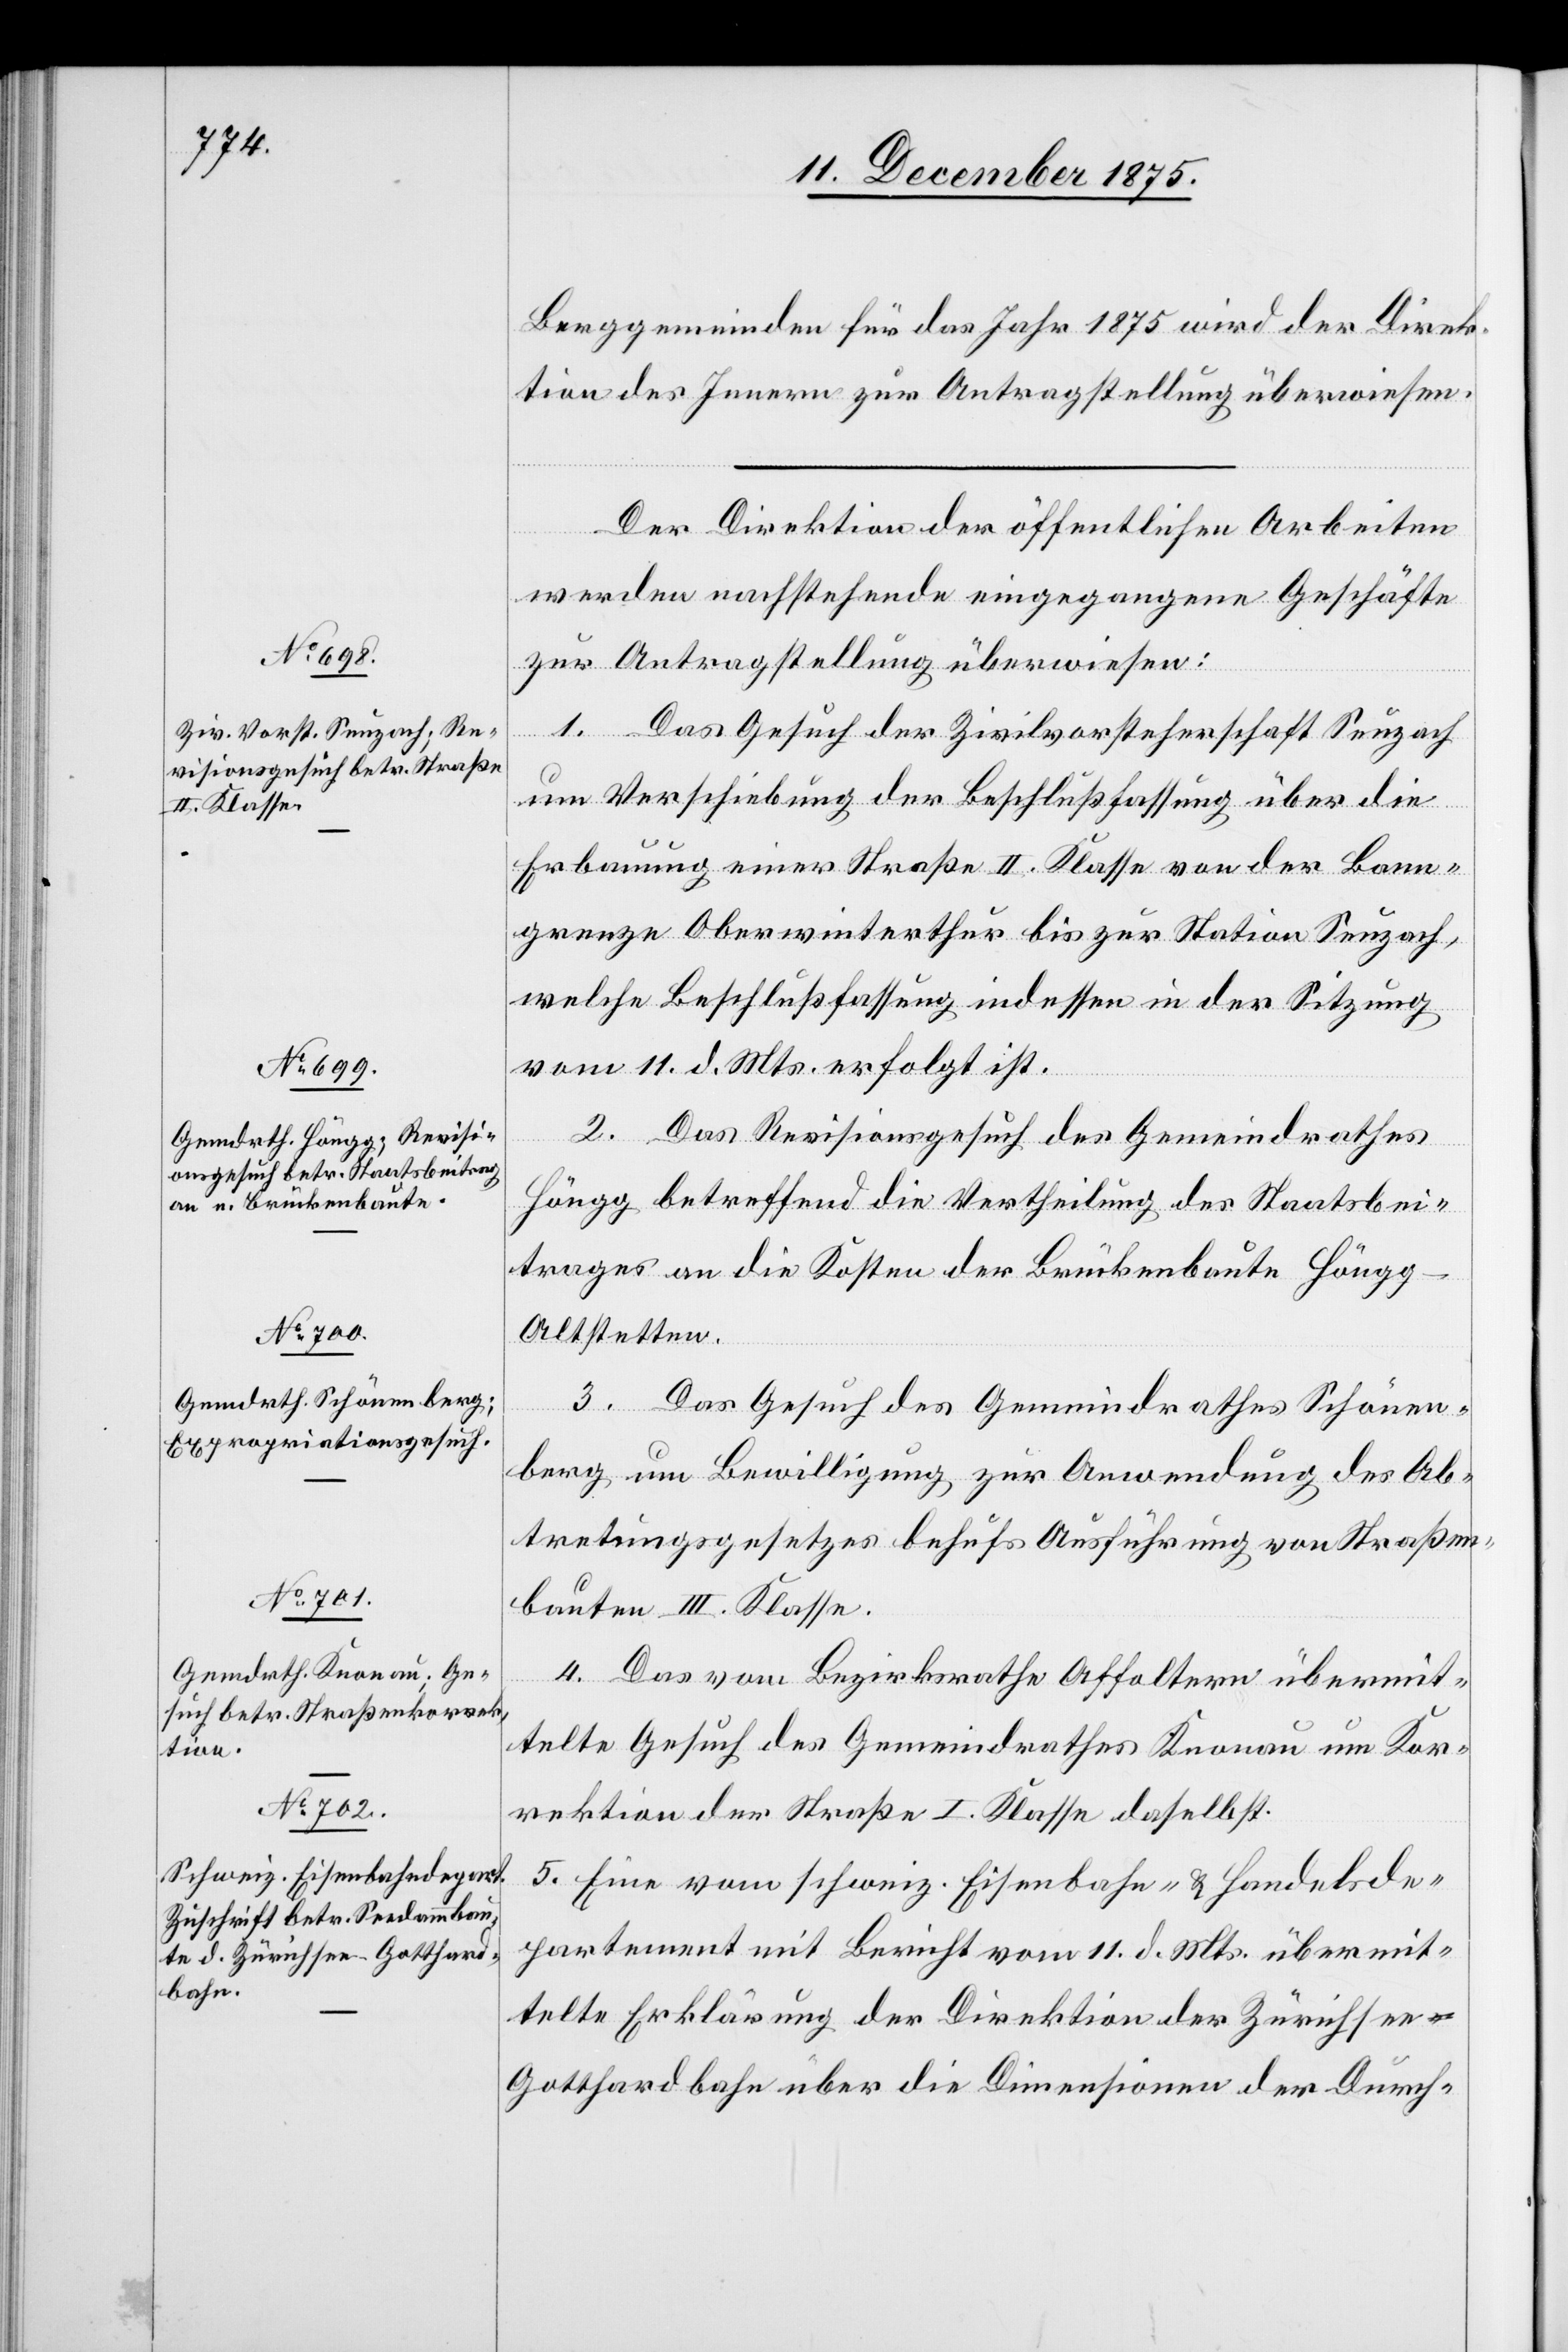
13. December 1875.]
Berggemeinden für das Jahr 1875 wird der Direk¬
tion des Innern zur Antragstellung überwiesen.
etzung
Der Direktion der öffentlichen Arbeiten
werden nachstehende eingegangene Geschäfte
zur Antragstellung überwiesen:
1. Das Gesuch der Zivilvorsteherschaft Seuzach
um Verschiebung der Beschlußfassung über die
Erbauung einer Straße II. Klasse von der Bann¬
grenze Oberwinterthur bis zur Station Seuzach,
welche Beschlußfassung indessen in der Sitzung
vom 11. d. Mts. erfolgt ist.
2. Das Revisionsgesuch des Gemeindrathes
Höngg betreffend die Vertheilung des Staatsbei¬
trages an die Kosten der Brückenbaute Höngg–A¬
ltstetten.
3. Das Gesuch des Gemeindrathes Schönen¬
berg um Bewilligung zur Anwendung des Ab¬
tretungsgesetzes behufs Ausführung von Straßen¬
bauten III. Klasse.
4. Das vom Bezirksrathe Affoltern übermit¬
telte Gesuch des Gemeindrathes Knonau um Kor¬
rektion der Straße I. Klasse daselbst.
5. Eine vom schweiz. Eisenbahn- & Handelsde¬
partement mit Bericht vom 11. d. Mts. übermit¬
telte Erklärung der Direktion der Zürichsee–G¬
otthardbahn über die Dimensionen der Durch-